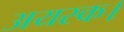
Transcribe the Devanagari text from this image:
अयस्क।